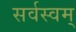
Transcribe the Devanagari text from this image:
सर्वस्वम्